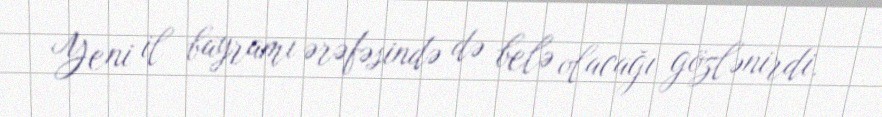
Yeni il bayramı ərəfəsində də belə olacağı gözlənirdi.